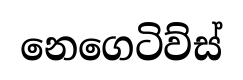
නෙගෙටිව්ස්